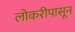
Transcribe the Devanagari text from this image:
लोकरीपासून